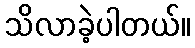
သိလာခဲ့ပါတယ်။